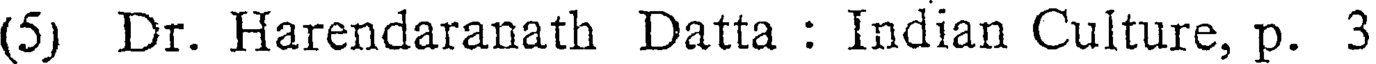
(5) Dr. Harendaranath Datta : Indian Culture, p. 3